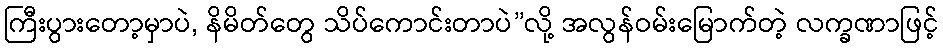
ကြီးပွားတော့မှာပဲ, နိမိတ်တွေ သိပ်ကောင်းတာပဲ”လို့ အလွန်ဝမ်းမြောက်တဲ့ လက္ခဏာဖြင့်